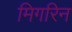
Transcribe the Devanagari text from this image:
मिगरिन